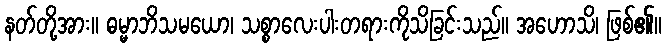
နတ်တို့အား။ ဓမ္မာဘိသမယော၊ သစ္စာလေးပါးတရားကိုသိခြင်းသည်။ အဟောသိ၊ ဖြစ်၏။